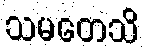
သမတေသိ